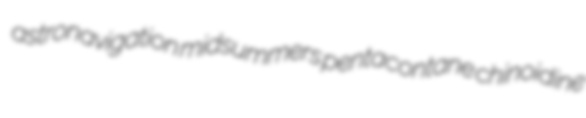
astronavigation midsummers pentacontane chinoidine